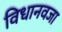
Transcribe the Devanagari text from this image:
विधानवजा